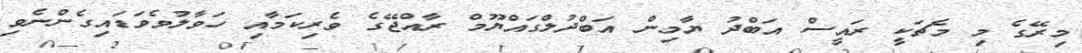
މިރޭގެ މި މެޗަކީ ރައީސް އަބްދު ޔާމިން އަބްދުލްގައްޔޫމް ރާއްޖޭގެ ވެރިކަމާއި ހަވާލުވެވަޑައިގެންނެވި